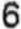
6